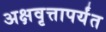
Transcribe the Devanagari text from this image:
अक्षवृत्तापर्यंत